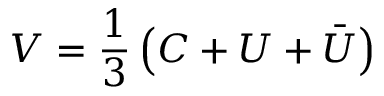
V = \frac { 1 } { 3 } \left( C + U + \bar { U } \right)